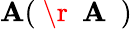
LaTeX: \mathbf{A}(\mathrm{{~\r{~}{~\mathbf{A}~}~}})